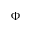
\boldsymbol { \Phi }